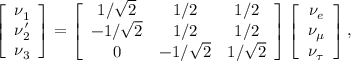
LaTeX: \left[ \begin{array} { c } { { \nu _ { 1 } } } \\ { { \nu _ { 2 } ^ { \prime } } } \\ { { \nu _ { 3 } } } \end{array} \right] = \left[ \begin{array} { c c c } { { 1 / \sqrt 2 } } & { { 1 / 2 } } & { { 1 / 2 } } \\ { { - 1 / \sqrt 2 } } & { { 1 / 2 } } & { { 1 / 2 } } \\ { { 0 } } & { { - 1 / \sqrt 2 } } & { { 1 / \sqrt 2 } } \end{array} \right] \left[ \begin{array} { c } { { \nu _ { e } } } \\ { { \nu _ { \mu } } } \\ { { \nu _ { \tau } } } \end{array} \right] ,